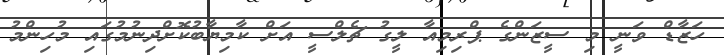
ހަޒާޑް ވަނީ މި ސީޒަންގެ ޕްރިމިއާ ލީގު ޗެލްސީ އަށް ކާމިޔާބުކޮށްދިނުމުގައި މުހިންމު